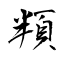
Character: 頖